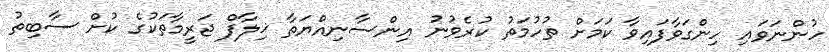
ހުންނަވައި ހިންގަވާފައިވާ ކަމަށް ތުހުމަތު ކުރެވުނު އިންސާނިއްޔަތާ ޚިލާފް ޖަރީމާތަކުގެ ކުށް ސާބިތު